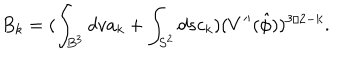
B _ { k } = ( \int _ { B ^ { 3 } } d v a _ { k } + \int _ { S ^ { 2 } } d s c _ { k } ) ( V ^ { \prime \prime } ( \hat { \phi } ) ) ^ { 3 / 2 - k } .